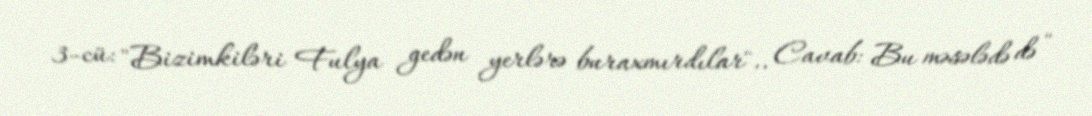
3-cü: "Bizimkiləri Fulya gedən yerlərə buraxmırdılar".. Cavab: Bu məsələdə də "